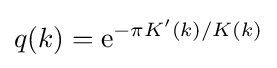
q(k)=\mathrm {e} ^{-\pi K'(k)/K(k)}